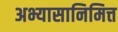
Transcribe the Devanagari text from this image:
अभ्यासानिमित्त